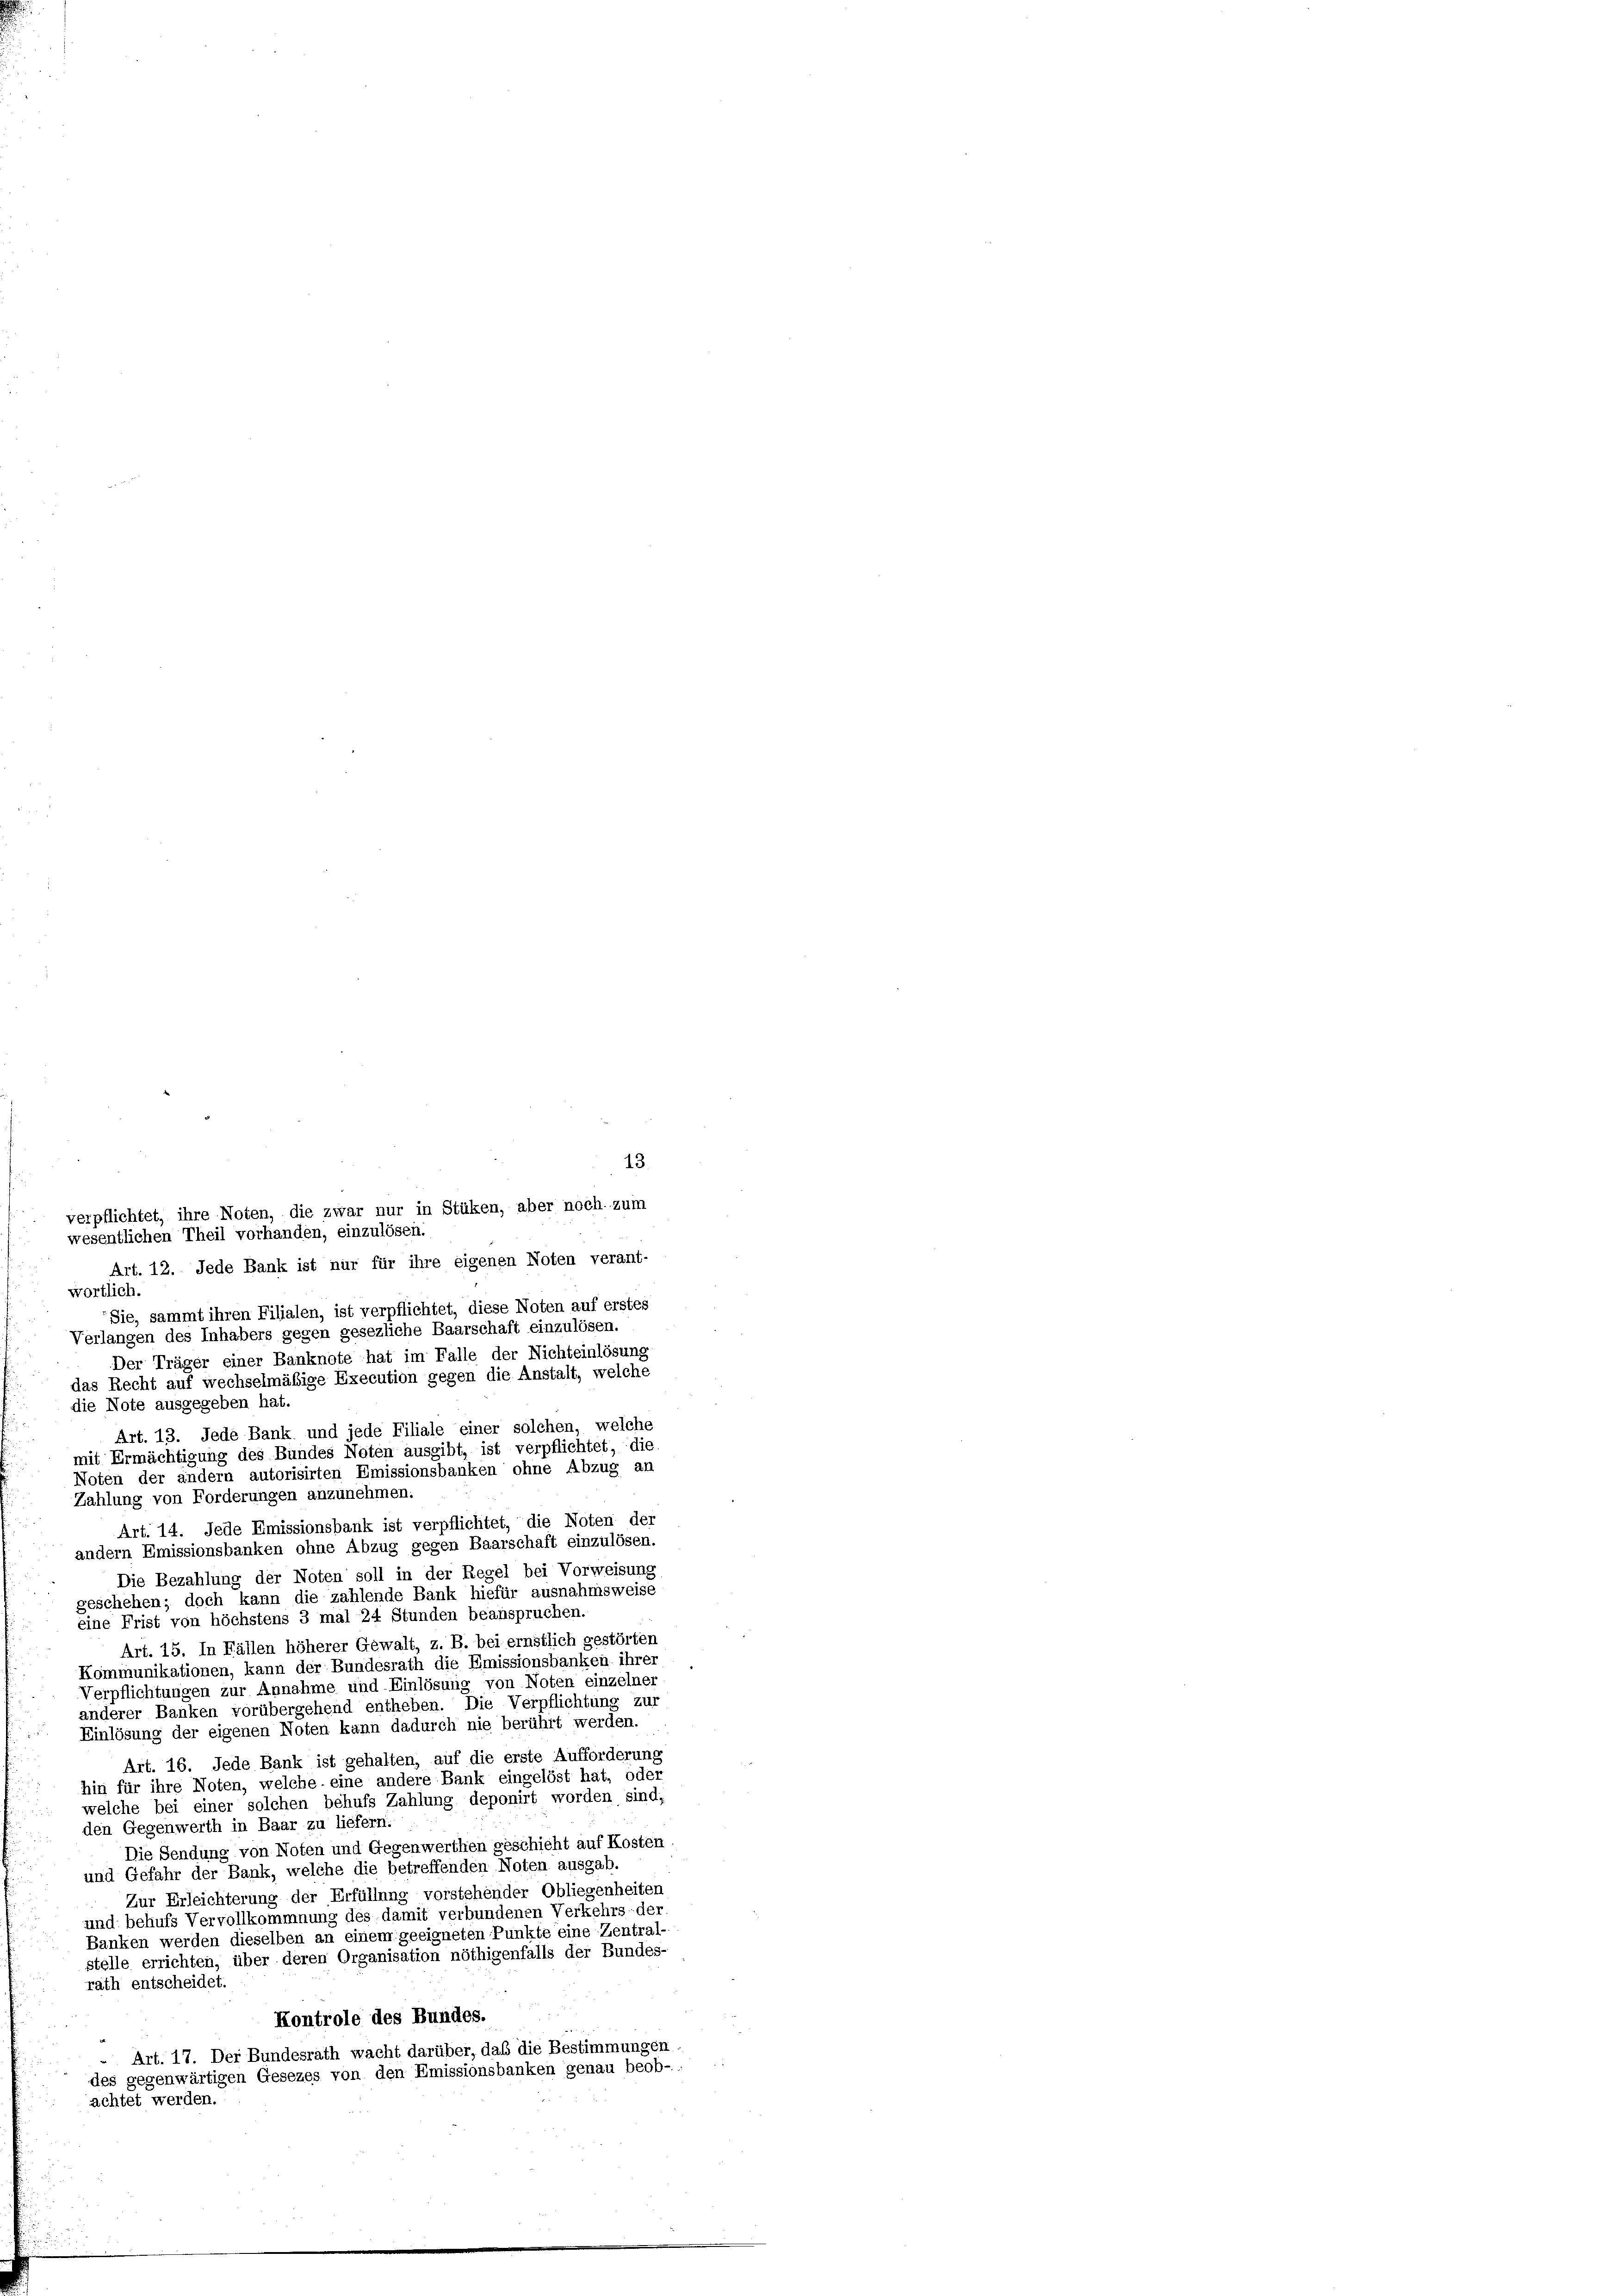
13.
verpflichtet, ihre Noten, die zwar nur in Stüken, aber noch, zum
wesentlichen Theil vorhanden, einzulösen.
Art. 12. Jede Bank ist nur für ihre eigenen Noten verant-
wortlich.
Sie, sammt ihren Filialen, ist verpflichtet, diese Noten auf erstes
Verlangen des Inhabers gegen gesezliche Baarschaft einzulösen.
Der Träger einer Banknote hat im Falle der Nichteinlösung
das Recht auf wechselmäßige Execution gegen die Anstalt, welche
die Note ausgegeben hat.
mit Ermächtigung des Bundes Noten ausgibt, ist verpflichtet, die
Noten der andern autorisirten Emissionsbanken ohne Abzug an
Zahlung von Forderungen anzunehmen.
Art. 14. Jede Emissionsbank ist verpflichtet, die Noten der
andern Emissionsbanken ohne Abzug gegen Baarschaft einzulösen.
Die Bezahlung der Noten soll in der Regel bei Vorweisung
geschehen; doch kann die zahlende Bank hiefür ausnahmsweise
eine Frist von höchstens 3 mal 24 Stunden beanspruchen.
Art. 15. In Fällen höherer Gewalt, z. B. bei ernstlich gestörten
Kommunikationen, kann der Bundesrath die Emissionsbanken ihrer
Verpflichtungen zur Annahme und Einlösung von Noten einzelner
anderer Banken vorübergehend entheben. Die Verpflichtung zur
Einlösung der eigenen Noten kann dadurch nie berührt werden.
Art. 16. Jede Bank ist gehalten, auf die erste Aufforderung
hin für ihre Noten, welche eine andere Bank eingelöst hat, oder
welche bei einer solchen behufs Zahlung deponirt worden sind,
den Gegenwerth in Baar zu liefern.
Die Sendung von Noten und Gegenwerthen geschicht auf Kosten.
und Gefahr der Bank, welche die betreffenden Noten ausgab.
Zur Erleichterung der Erfüllung vorstehender Obliegenheiten
und behufs Vervollkommnung des damit verbundenen Verkehrs- der
Banken werden dieselben an einem geeigneten Punkte eine Zentral
stelle errichten, über deren Organisation nöthigenfalls der Bundes-
rath entscheidet.
Kontrole des Bundes.
 Art. 17. Der Bundesrath wacht darüber, daß die Bestimmungen
des gegenwärtigen Gesezes von den Emissionsbanken genau beob-
achtet werden.

Art. 13. Jede Bank und jede Filiale einer solchen, welche